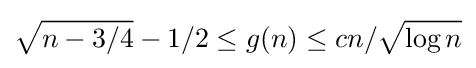
{\sqrt {n-3/4}}-1/2\leq g(n)\leq cn/{\sqrt {\log n}}